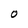
Character: O